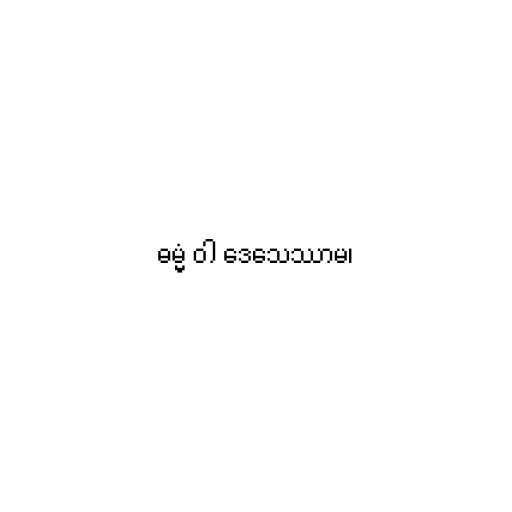
ဓမ္မံ ဝါ ဒေသေဿာမ၊